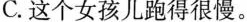
C.这个女孩儿跑得很慢。